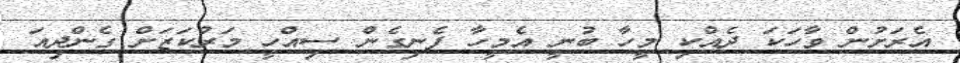
އެރަށުން ވާހަކަ ދެއްކި މީހާ ބުނީ އެމީހާ ފެނިގެން ސިއްހީ މަރުކަޒަށް ގެންދިއަ